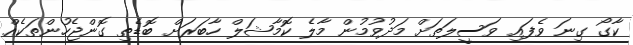
ކާގޯ ގިނަ ވެފައި ވަސީލަތަށް މަދުވުމުން މާލެ ކޮމާޝަލް ހާބަރަަށް ބޮޑެތި ގޮންޖެހުންތަކެއް